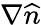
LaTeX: \nabla\widehat{n}